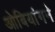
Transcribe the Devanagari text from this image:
ओबियांगने